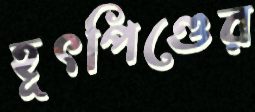
হূৎপিণ্ডের